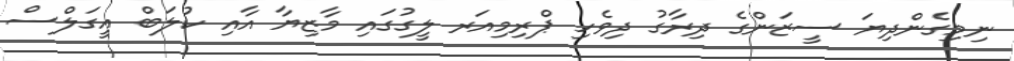
ނިމިގެންދިޔަ ސީޒަންގެ ދިރާގު ދިވެހި ޕްރިމިއަރ ލީގުގައި މާޒިޔާ އާއި ކުލަބް އީގަލްސް